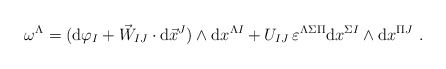
\begin{align*}\omega^\Lambda=({\rm d}\varphi_I+\vec{W}_{IJ}\cdot {\rm d}\vec{x}^J)\wedge {\rm d}x^{\Lambda I}+U_{IJ}\, \varepsilon^{\Lambda \Sigma \Pi}{\rm d}x^{\Sigma I}\wedge {\rm d}x^{\Pi J}\ .\end{align*}